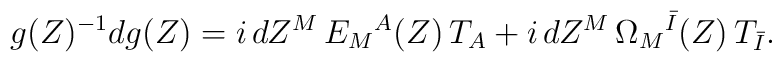
g(Z)^{-1} d g(Z) = i\, dZ^M \, E_M{}^{A}(Z)\,T_{ A} + i\, dZ^M \, \Omega_M{}^{\bar{I}}(Z)\,T_{ \bar{I}} .